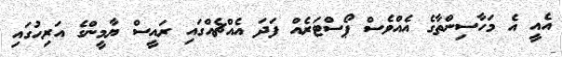
އެއީ އެ މަހާސިންތާގެ އެއްވެސް ޕޯސްޓަރެއް ފަދަ އެއްޗެއްގައި ރައީސް ޔާމީންގެ އަރިހުގައި